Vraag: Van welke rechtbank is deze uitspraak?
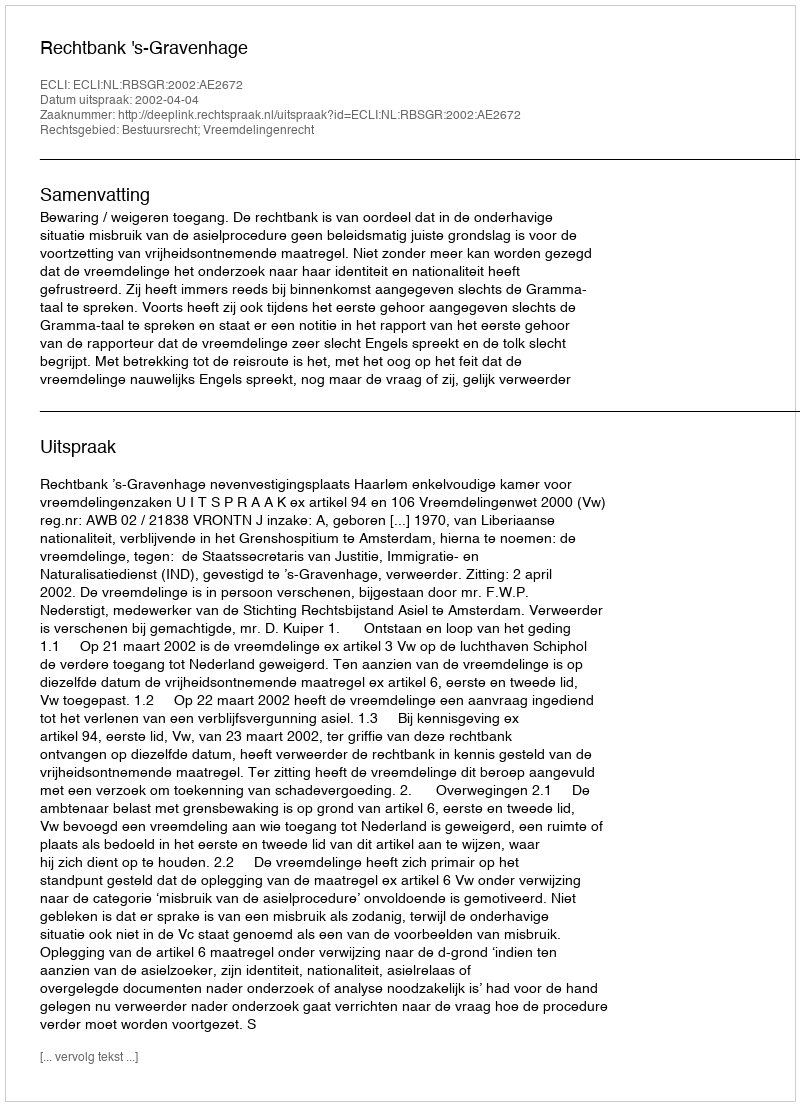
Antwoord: Rechtbank 's-Gravenhage